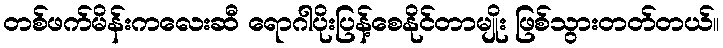
တစ်ဖက်မိန်းကလေးဆီ ရောဂါပိုးပြန့်စေနိုင်တာမျိုး ဖြစ်သွားတတ်တယ်။